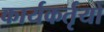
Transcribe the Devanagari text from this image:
कार्यकर्तृयों